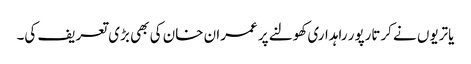
یاتریوں نے کرتارپور راہداری کھولنے پر عمران خان کی بھی بڑی تعریف کی۔